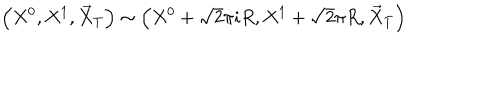
\left( X ^ { 0 } , X ^ { 1 } , \vec { X } _ { T } \right) \sim \left( X ^ { 0 } + \sqrt { 2 } \pi i R , X ^ { 1 } + \sqrt { 2 } \pi R , \vec { X } _ { T } \right)